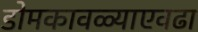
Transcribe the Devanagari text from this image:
डोमकावळ्याएवढा